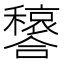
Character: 𫬳